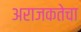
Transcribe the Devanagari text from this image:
अराजकतेचा